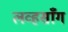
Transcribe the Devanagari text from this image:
लव्हसाँग